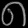
Digit: ၈